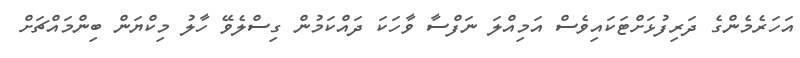
އަހަރެމެންގެ ދަރިފުޅަށްޓަކައިވެސް އަމިއްލަ ނަފްސާ ވާހަކަ ދައްކަމުން ގިސްލެވޭ ހާލު މިކްޔަން ބިންމައްޗަށް